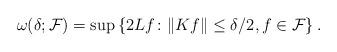
LaTeX: \begin{align*} \omega(\delta;\mathcal{F})= \sup \left\{2Lf\colon \|K f\|\le \delta/2, f\in\mathcal{F}\right\}.\end{align*}